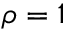
\rho = 1